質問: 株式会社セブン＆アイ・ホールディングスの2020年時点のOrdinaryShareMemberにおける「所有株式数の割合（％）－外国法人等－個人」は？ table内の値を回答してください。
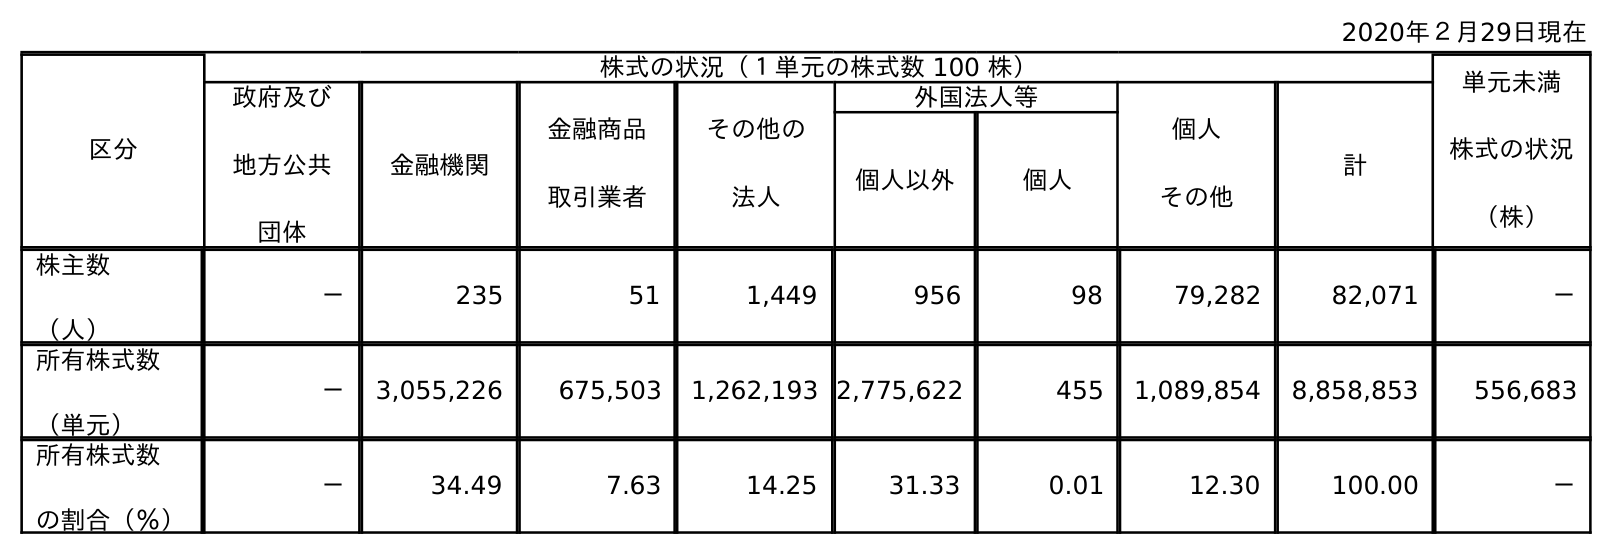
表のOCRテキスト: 2020年２月29日現在 区分 株式の状況（１単元の株式数 100 株） 単元未満 株式の状況 （株） 政府及び 地方公共 団体 金融機関 金融商品 取引業者 その他の 法人 外国法人等 個人 その他 計 個人以外 個人 株主数 （人） － 235 51 1,449 956 98 79,282 82,071 － 所有株式数 （単元） － 3,055,226 675,503 1,262,193 2,775,622 455 1,089,854 8,858,853 556,683 所有株式数 の割合（％） － 34.49 7.63 14.25 31.33 0.01 12.30 100.00 －
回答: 0.01